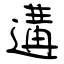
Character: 遘